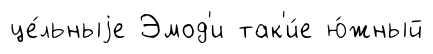
це́льныjе Эмод'и так'и́е ю́жный